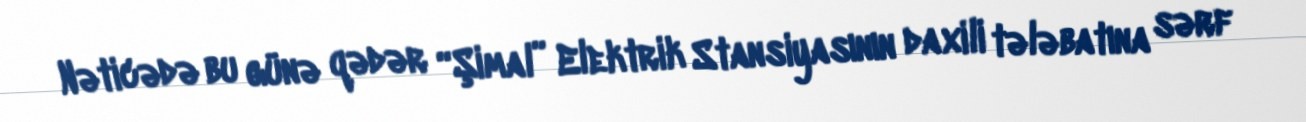
Nəticədə bu günə qədər “Şimal” Elektrik Stansiyasının daxili tələbatına sərf